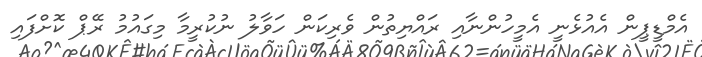
އެމްޑީޕީން އެއުޅެނީ އެމީހުންނާއި ރައްޔިތުން ވެރިކަން ހަވާލު ނުކުރީމާ މިގައުމު ރޭޕް ކޮށްފައި